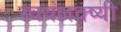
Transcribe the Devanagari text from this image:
स्वयंलक्ष्यी